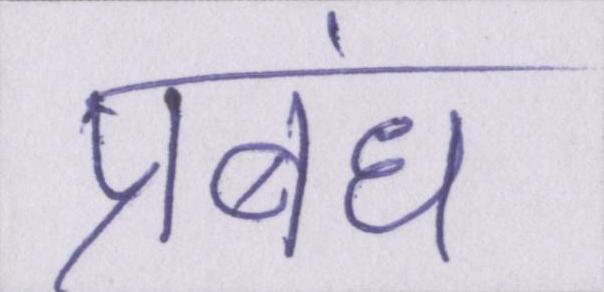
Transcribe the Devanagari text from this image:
प्रबंध